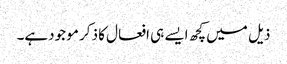
ذیل میں کچھ ایسے ہی افعال کا ذکر مو جودہے۔